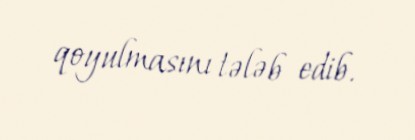
qoyulmasını tələb edib.